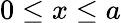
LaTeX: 0\leq x\leq a